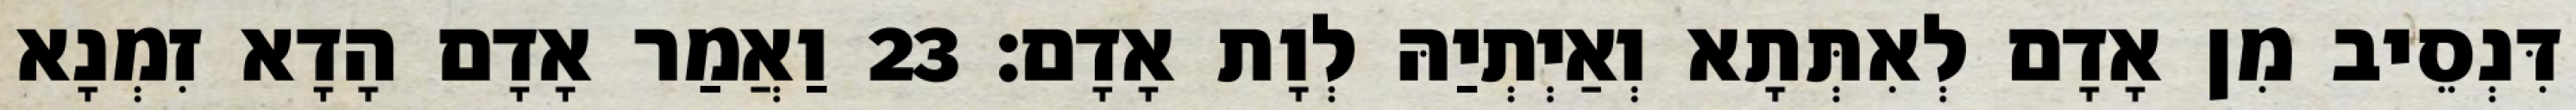
דִּנְסֵיב מִן אָדָם לְאִתְּתָא וְאַיְתְיַהּ לְוָת אָדָם׃ 23 וַאֲמַר אָדָם הָדָא זִמְנָא